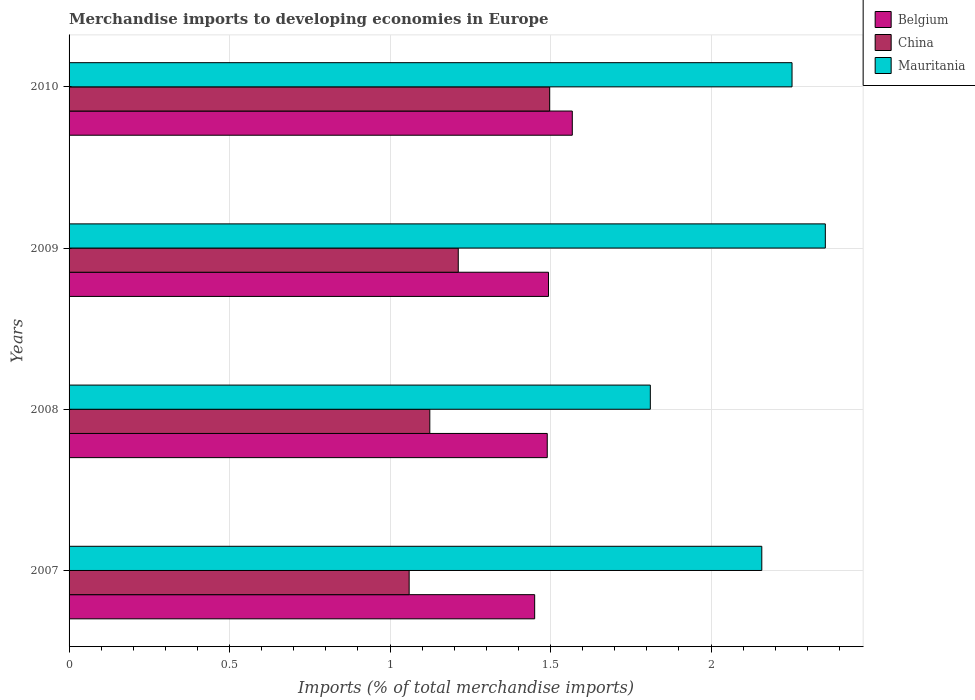
| Years | Belgium | China | Mauritania |
 | --- | --- | --- | --- |
 | 2007 | 1.45 | 1.06 | 2.16 |
 | 2008 | 1.49 | 1.12 | 1.81 |
 | 2009 | 1.49 | 1.21 | 2.36 |
 | 2010 | 1.57 | 1.5 | 2.25 |